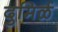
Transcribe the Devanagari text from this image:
दुमिर्ळ